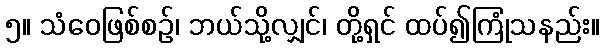
၅။ သံဝေဖြစ်စဉ်၊ ဘယ်သို့လျှင်၊ တို့ရှင် ထပ်၍ကြုံသနည်း။